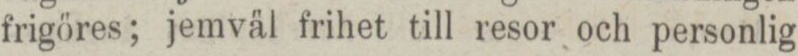
frigöres; jemväl frihet till resor och personlig